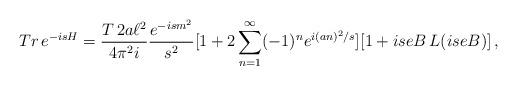
LaTeX: \begin{align*}Tr\,e^{-isH}={T\,2a\ell^2\over 4\pi^2i}{e^{-ism^2}\over s^2}[1+2\sum_{n=1}^{\infty}(-1)^n e^{i(an)^2/s}][1+iseB\,L(iseB)]\,,\end{align*}